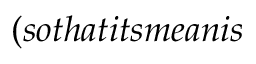
( s o t h a t i t s m e a n i s